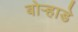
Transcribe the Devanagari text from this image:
बोर्‍हाडे